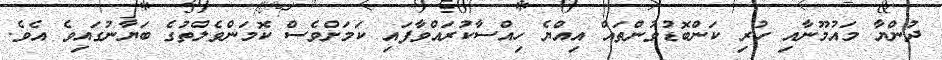
ދުންޔާ މައުމޫނާއި ހުރި ކަންބޮޑުވުންތައް އިއްޔެ ހިއްސާކުރައްވާފައި ކަމަށްވެސް ކޮމަންވެލްތުގެ ބަޔާނުގައިވެ އެެވެ.